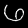
Label: 6